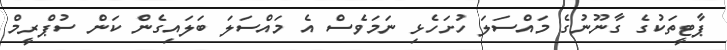
ޕާޓީތަކުގެ ގާނޫނުގެ މައްސަލަ ހުށަހެޅި ނަމަވެސް އެ މައްސަލަ ބަލައިގެން ކަން ސުޕްރީމް